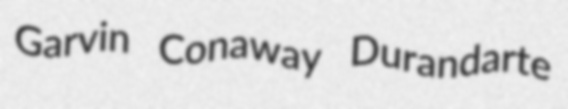
Garvin Conaway Durandarte